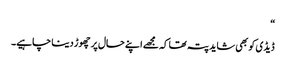
“
ڈیڈی کو بھی شاید پتہ تھا کہ مجھے اپنے حال پر چھوڑ دینا چاہیے۔